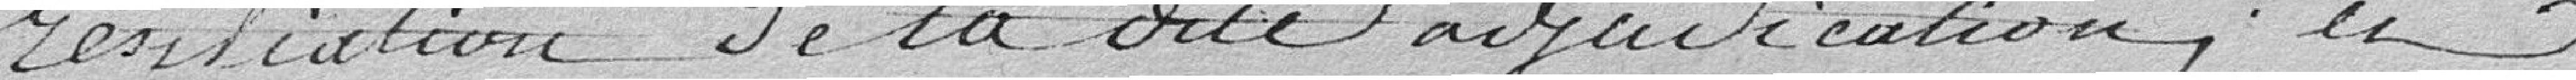
résiliation de ladite adjudication, et